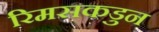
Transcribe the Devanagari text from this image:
रिमसकडुन